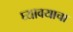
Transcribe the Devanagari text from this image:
घ्‍यावयाचा